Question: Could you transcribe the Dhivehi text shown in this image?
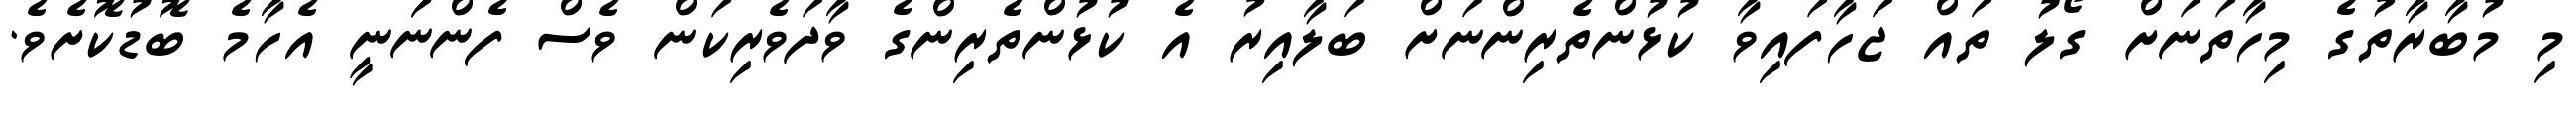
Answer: މި މުބާރާތުގެ މިހާތަނަށް ގޯލު ތައް ޖަހާފައިވާ ކުޅުންތެރިންނަށް ބަލާއިރު އެ ކުޅުންތެރިންގެ ވާދަވެރިކަން ވެސް ފެންނަަނީ އެހާމެ ބޮޑުކޮށެވެ.